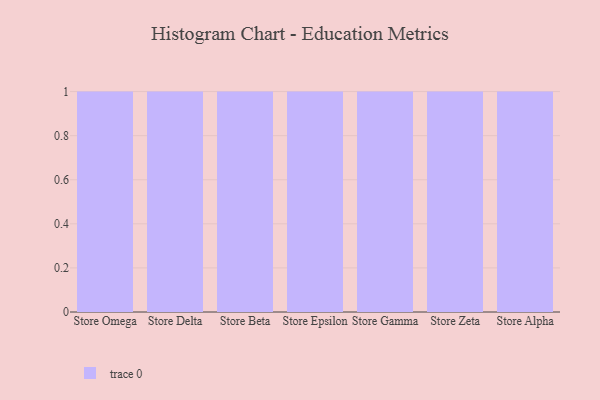
{"axis": {"x": "Store", "y": "Page Views"}, "legend": [""], "data": [{"x": "Store Omega", "y": 83, "type": ""}, {"x": "Store Delta", "y": 84, "type": ""}, {"x": "Store Beta", "y": 24, "type": ""}, {"x": "Store Epsilon", "y": 55, "type": ""}, {"x": "Store Gamma", "y": 86, "type": ""}, {"x": "Store Zeta", "y": 28, "type": ""}, {"x": "Store Alpha", "y": 47, "type": ""}]}